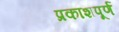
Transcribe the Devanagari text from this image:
प्रकाशपूर्ण